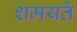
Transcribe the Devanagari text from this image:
शमयते